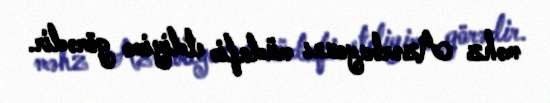
məhz Azərbaycanı müdafiə etdiyimə görədir.